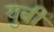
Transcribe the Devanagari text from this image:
युबी